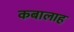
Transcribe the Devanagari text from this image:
कबालाह